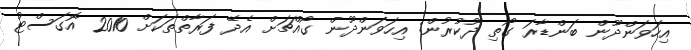
އިހަވަންދޫން ބަންޑާރަ ގޯތި ދޫކުރުން: އިހަވަންދޫން ގޯއްޗަށް އެދޭ ފަރާތްތަކަށް 2010 އޮގަސްޓު